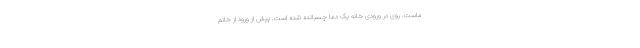
ماست. روی در ورودی خانه یک دعا چسبانده شده است. پیش از ورود از خانم